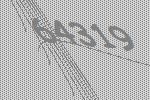
64319